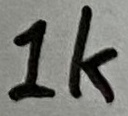
Text: 1K